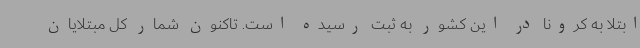
ابتلا به کرونا در این کشور به ثبت رسیده است. تاکنون شمار کل مبتلایان